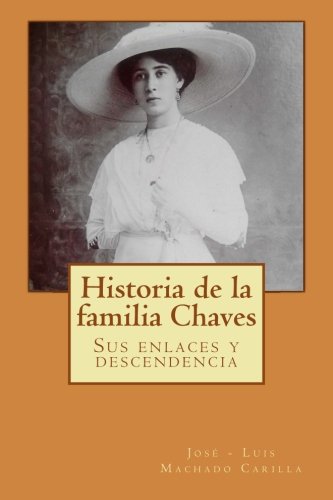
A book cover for Historia de la familia Chaves: Sus enlaces y descendencia (Spanish Edition); JosÃ© - Luis Machado Carilla; Parenting & Relationships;